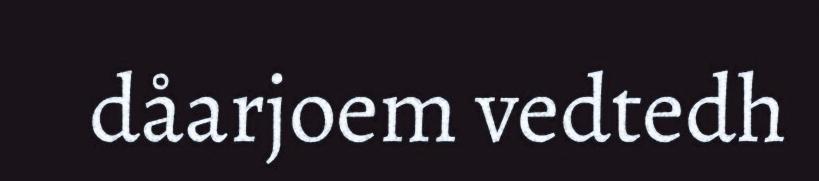
dåarjoem vedtedh